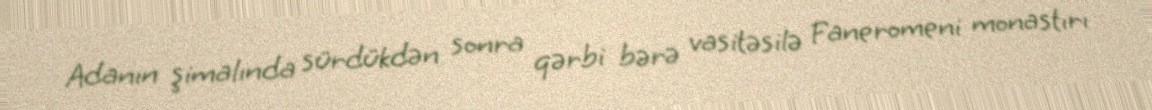
Adanın şimalında sürdükdən sonra qərbi bərə vasitəsilə Faneromeni monastırı